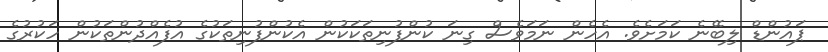
ޕައުންޑް ލިބޭނެ ކަމަށެވެ. އެހެން ނަމަވެސް ގިނަ ކުންފުނިތަކަކުން އެކުންފުނިތަކުގެ އުފެއްދުންތަކުން ހަކުރުގެ